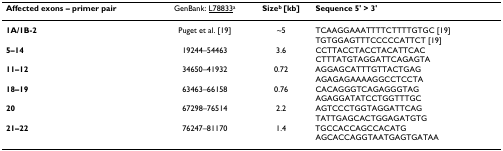
<table><thead><tr><td><b>Affected exons – primer pair</b></td><td><b>GenBank: L78833<sup>a</sup></b></td><td><b>Size<sup>b </sup>[kb]</b></td><td><b>Sequence 5&#x27; &gt; 3&#x27;</b></td></tr></thead><tbody><tr><td><b>1A/1B-2</b></td><td>Puget et al. [19]</td><td>~5</td><td>TCAAGGAAATTTTCTTTTGTGC [19]TGTGGAGTTTCCCCCATTCT [19]</td></tr><tr><td><b>5–14</b></td><td>19244–54463</td><td>3.6</td><td>CCTTACCTACCTACATTCACCTTTATGTAGGATTCAGAGTA</td></tr><tr><td><b>11–12</b></td><td>34650–41932</td><td>0.72</td><td>AGGAGCATTTGTTACTGAGAGAGAGAAAAGGCCTCCTA</td></tr><tr><td><b>18–19</b></td><td>63463–66158</td><td>0.76</td><td>CACAGGGTCAGAGGGTAGAGAGGATATCCTGGTTTGC</td></tr><tr><td><b>20</b></td><td>67298–76514</td><td>2.2</td><td>AGTCCCTGGTAGGATTCAGTATTGAGCACTGGAGATGTG</td></tr><tr><td><b>21–22</b></td><td>76247–81170</td><td>1.4</td><td>TGCCACCAGCCACATGAGCACCAGGTAATGAGTGATAA</td></tr></tbody></table>